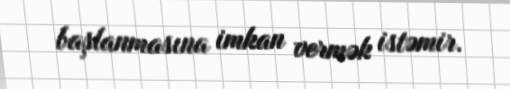
başlanmasına imkan vermək istəmir.